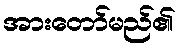
အားတော်မည်၏